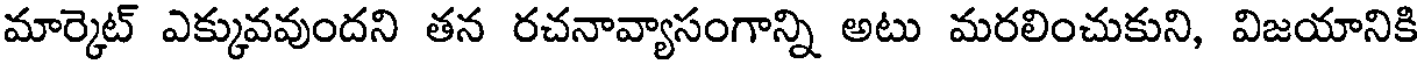
మార్కెట్ ఎక్కువవుందని తన రచనావ్యాసంగాన్ని అటు మరలించుకుని, విజయానికి